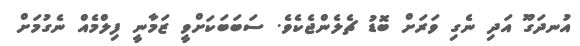
އުނދަގޫ އަދި ނެގި ވަރަށް ބޮޑު ޗެލެންޖެކެވެ. ސަބަބަކަށްވީ ޒަމާނީ ފިލްމެއް ނެގުމަށް